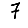
Digit: 7